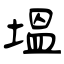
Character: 塭